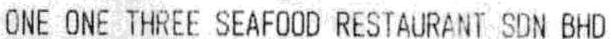
ONE ONE THREE SEAFOOD RESTAURANT SDN BHD